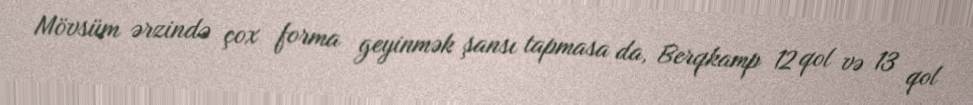
Mövsüm ərzində çox forma geyinmək şansı tapmasa da, Berqkamp 12 qol və 13 qol